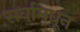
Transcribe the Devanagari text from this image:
सर्वामधून